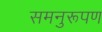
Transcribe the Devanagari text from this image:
समनुरूपण